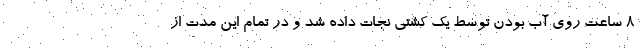
۸ ساعت روی آب بودن توسط یک کشتی نجات داده شد و در تمام این مدت از